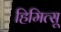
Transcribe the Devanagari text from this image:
हिमित्सू